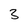
Character: 3